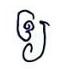
ឲ្យ